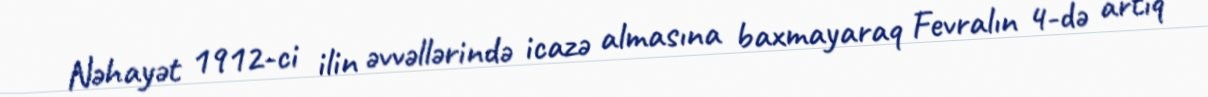
Nəhayət 1912-ci ilin əvvəllərində icazə almasına baxmayaraq Fevralın 4-də artıq